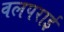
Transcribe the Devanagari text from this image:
वलपराई